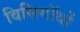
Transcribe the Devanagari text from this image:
विसिगॉथों